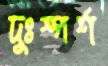
দুঃস্পর্শ